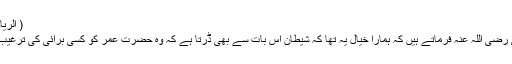
( الریاض النضرہ )
حضرت علی رضی اللہ عنہ فرماتے ہیں کہ ہمارا خیال یہ تھا کہ شیطان اس بات سے بھی ڈرتا ہے کہ وہ حضرت عمر کو کسی برائی کی ترغیب دے سکے ۔